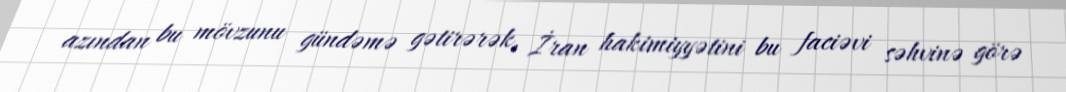
azından bu mövzunu gündəmə gətirərək, İran hakimiyyətini bu faciəvi səhvinə görə